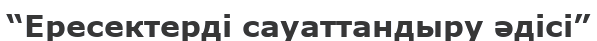
“Ересектерді сауаттандыру әдісі”